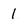
Character: 1